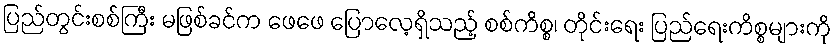
ပြည်တွင်းစစ်ကြီး မဖြစ်ခင်က ဖေဖေ ပြောလေ့ရှိသည့် စစ်ကိစ္စ၊ တိုင်းရေး ပြည်ရေးကိစ္စများကို